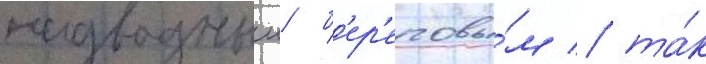
надводным/ б'ер'еговы́м / та́к